Materia medica of Madras volume I
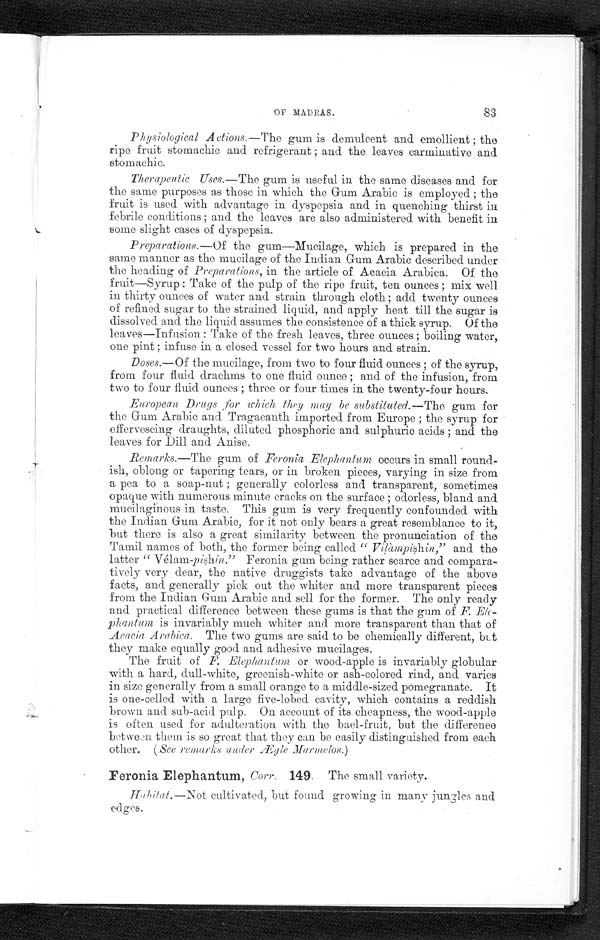
OF MADRAS.
83
Physiological Actions .—The gum is demulcent and emollient ; the
ripe fruit stomachic and refrigerant ; and the leaves carminative and
stomachic.
Therapeutic Uses.—The gum is useful in the same diseases and for
the same purposes as those in which the Gum Arabic is employed ; the
fruit is used with advantage in dyspepsia and in quenching thirst in
febrile conditions ; and the leaves are also administered with benefit in
some slight cases of dyspepsia.
Preparations .—Of the gum—Mucilage, which is prepared in the
same manner as the mucilage of the Indian Gum Arabic described under
the heading of Preparations , in the article of Acacia Arabica. Of the
fruit—Syrup : Take of the pulp of the ripe fruit, ten ounces ; mix well
in thirty ounces of water and strain through cloth; add twenty ounces
of refined sugar to the strained liquid, and apply heat till the sugar is
dissolved and the liquid assumes the consistence of a thick syrup. Of the
leaves—Infusion : Take of the fresh leaves, three ounces ; boiling water,
one pint ; infuse in a closed vessel for two hours and strain.
Doses .—Of the mucilage, from two to four fluid ounces ; of the syrup,
from four fluid drachms to one fluid ounce ; and of the infusion, from
two to four fluid ounces ; three or four times in the twenty-four hours.
European Drugs , for which, they may be substituted.—The gum for
the Gum Arabic and Tragacanth imported from Europe ; the syrup for
effervescing draughts, diluted phosphoric and sulphuric acids ; and the
leaves for Dill and Anise.
Remarks.—The gum of Feronia Elephantum occurs in small round-
ish, oblong or tapering tears, or in broken pieces, varying in size from
a pea to a soap-nut ; generally colorless and transparent, sometimes
opaque with numerous minute cracks on the surface ; odorless, bland and
m u c i l a g i n o u s i n t a s t e . T h i s g u m i s v e r y f r e q u e n t l y c o n f o u n d e d w i t h t h e I n d i a n G u m A r a b i c , f o r i t n o t o n l y b e a r s a g r e a t r e s e m b l a n c e t o i t ,
but there is also a great similarity between the pronunciation of the
Tamil names of both, the former being called " Vilàmpishin ," and the
latter " Vélam-pishin ." Feronia gum being rather scarce and compara-
tively very dear, the native druggists take advantage of the above
facts, and generally pick out the whiter and more transparent pieces
from the Indian Gum Arabic and sell for the former. The only ready
and practical difference between these gums is that the gum of F. Ele-
phantum is invariably much whiter and more transparent than that of
Acacia Arabica . The two gums are said to be chemically different, but
they make equally good and adhesive mucilages.
The fruit of F. Elephantum or wood-apple is invariably globular
with a hard, dull-white, greenish-white or ash-colored rind, and varies
in size generally from a small orange to a middle-sized pomegranate. It
is one-celled with a large five-lobed cavity, which contains a reddish
brown and sub-acid pulp. On account of its cheapness, the wood-apple
is often used for adulteration with the bael-fruit, but the difference
between them is so great that they can be easily distinguished from each
other. ( See remarks under Ægle Marmelos. )
Feronia Elephantum, Corr . 149. The small variety.
Habitat.—Not cultivated, but found growing in many jungles and
edges.